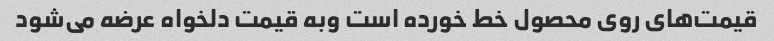
قیمت‌های روی محصول خط خورده است وبه قیمت دلخواه عرضه می‌شود